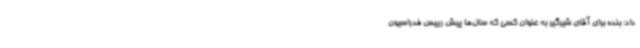
داد: بنده برای آقای شیرگیر به عنوان کسی که سال‌ها پیش رییس فدراسیون